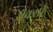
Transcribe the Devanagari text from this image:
रौक्सी